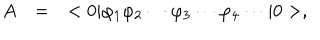
LaTeX: \begin{array} { r c l } { { A } } & { { = } } & { { < 0 | \varphi _ { 1 } \varphi _ { 2 } \cdots \varphi _ { 3 } \cdots \varphi _ { 4 } \cdots | 0 > , } } \\ \end{array}